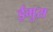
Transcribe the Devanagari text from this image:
ईमुस